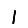
Digit: 1